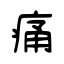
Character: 痛